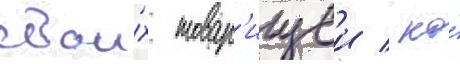
свои́х товар'ищеи / но́